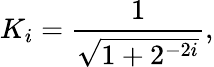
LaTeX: K_{i}={\frac{1}{\sqrt{1+2^{-2i}}}},